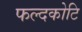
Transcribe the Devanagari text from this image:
फल्दकोटि